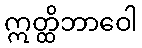
ဣတ္ထိဘာဝေါ